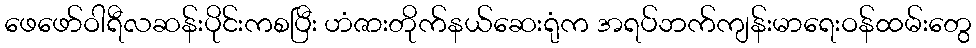
ဖေဖော်ဝါရီလဆန်းပိုင်းကစပြီး ဟံဇားတိုက်နယ်ဆေးရုံက အရပ်ဘက်ကျန်းမာရေးဝန်ထမ်းတွေ